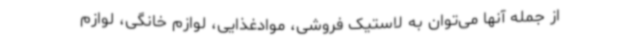
از جمله آنها می‌توان به لاستیک فروشی، موادغذایی، لوازم خانگی، لوازم